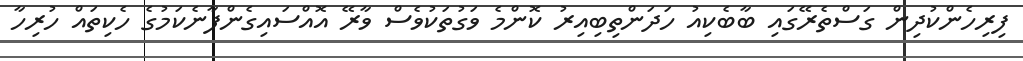
ފިރިހެންކުދިން ގަސްތެރޭގައި ބާބެކިއު ހަދަންތިބިއިރު ކޮންމެ ވަގުތަކުވެސް ވާރޭ އޮއްސައިގެންފާނެކަމުގެ ހެކިތައް ހުރިހާ